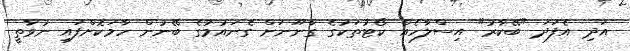
އަދި އެފަދަ "ބޭކާރު" އިސްލާހެއް ކޯޓުތަކުގެ ގާނޫނަށް ގެނައުމުގެ ބޭނުން ހާމަކޮށްފައި ނުވާތީ